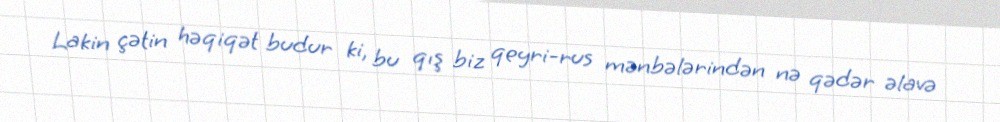
Lakin çətin həqiqət budur ki, bu qış biz qeyri-rus mənbələrindən nə qədər əlavə